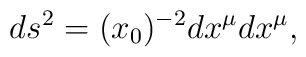
ds^2 = (x_0)^{-2} dx^\mu dx^\mu,